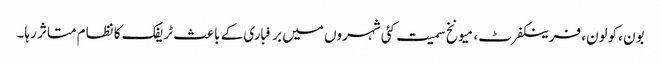
بون ،کولون، فرینکفرٹ، میونخ سمیت کئی شہروں میں برفباری کے باعث ٹریفک کا نظام متاثر رہا۔